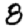
Digit: 8